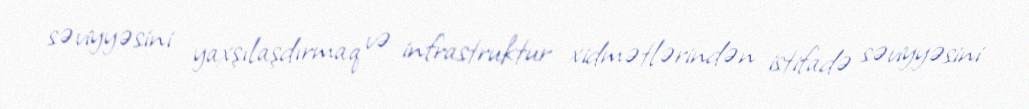
səviyyəsini yaxşılaşdırmaq və infrastruktur xidmətlərindən istifadə səviyyəsini